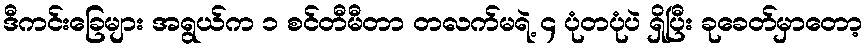
ဒီကင်းခြေများ အရွယ်က ၁ စင်တီမီတာ တလက်မရဲ့ ၄ ပုံတပုံပဲ ရှိပြီး ခုခေတ်မှာတော့